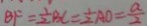
B F = \frac { 1 } { 2 } B C = \frac { 1 } { 2 } A O = \frac { a } { 2 }